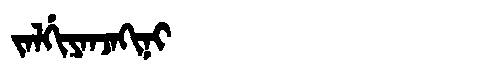
Manchu: ᠵᠠᠯᡤᡳᠶᠠᠨᠵᠠᡴᡳᠨᡳ
Romanization: JALGIYANJAKINI